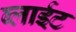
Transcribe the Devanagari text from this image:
ब्लाईट